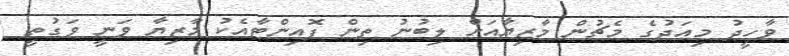
ވާހީދު މިއަދުގެ މެޗުން މާޒިޔާއަށް ލިބުނު ތިން ޕޮއިންޓާއެކު މާޒިޔާ ވަނީ ވަގުތީ